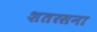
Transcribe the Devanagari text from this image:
शतरसना